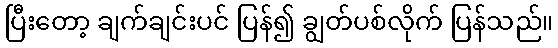
ပြီးတော့ ချက်ချင်းပင် ပြန်၍ ချွတ်ပစ်လိုက် ပြန်သည်။